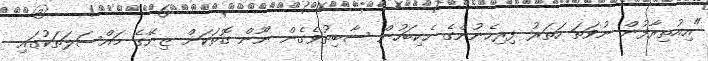
"އިއުތިރާފުން ނުވަތަ ހަތަރު ފިރިހެނުންގެ ހެކިބަހުން ސާބިތުވެގެން ނޫން ގޮތަކަށް ޒިނޭގެ މައްސަލަތަކުގައި